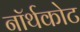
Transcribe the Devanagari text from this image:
नॉर्थकोट